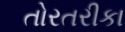
તોરતરીકા